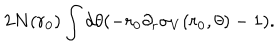
2 N ( r _ { 0 } ) \int d \theta ( - r _ { 0 } \partial _ { r } \sigma _ { V } ( r _ { 0 } , \theta ) - 1 ) .